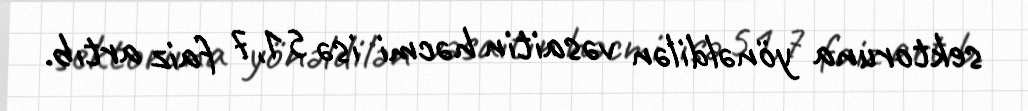
sektoruna yönəldilən vəsaitin həcmi isə 51,7 faiz artıb.